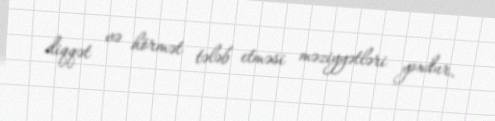
diqqət və hörmət tələb etməsi məziyyətləri yoxdur.